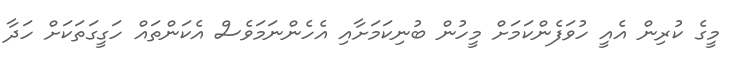
މީގެ ކުރިން އެއީ ހުވަފެންކަމަށް މީހުން ބުނިކަމަށާއި އެހެންނަމަވެސް އެކަންތައް ހަގީގަތަކަށް ހަދާ